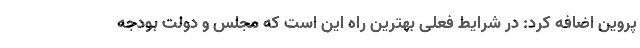
پروین اضافه کرد: در شرایط فعلی بهترین راه این است که مجلس و دولت بودجه